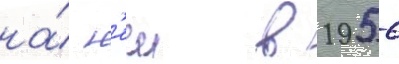
на́ н'еи в 1956